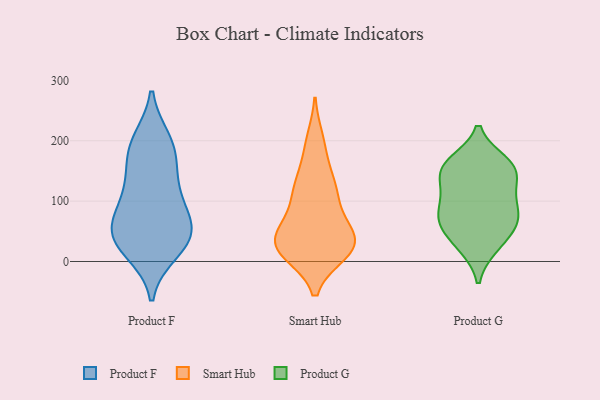
{"axis": {"x": "Page Views", "y": "Value"}, "legend": ["Product F", "Product G", "Smart Hub"], "data": [{"x": "", "y": 17, "type": "Product F"}, {"x": "", "y": 27, "type": "Product F"}, {"x": "", "y": 55, "type": "Product F"}, {"x": "", "y": 181, "type": "Product F"}, {"x": "", "y": 116, "type": "Product F"}, {"x": "", "y": 43, "type": "Product F"}, {"x": "", "y": 57, "type": "Product F"}, {"x": "", "y": 61, "type": "Product F"}, {"x": "", "y": 200, "type": "Product F"}, {"x": "", "y": 160, "type": "Product F"}, {"x": "", "y": 196, "type": "Product F"}, {"x": "", "y": 34, "type": "Product F"}, {"x": "", "y": 120, "type": "Product F"}, {"x": "", "y": 93, "type": "Product F"}, {"x": "", "y": 131, "type": "Smart Hub"}, {"x": "", "y": 25, "type": "Smart Hub"}, {"x": "", "y": 114, "type": "Smart Hub"}, {"x": "", "y": 115, "type": "Smart Hub"}, {"x": "", "y": 15, "type": "Smart Hub"}, {"x": "", "y": 39, "type": "Smart Hub"}, {"x": "", "y": 18, "type": "Smart Hub"}, {"x": "", "y": 200, "type": "Smart Hub"}, {"x": "", "y": 15, "type": "Smart Hub"}, {"x": "", "y": 65, "type": "Smart Hub"}, {"x": "", "y": 35, "type": "Smart Hub"}, {"x": "", "y": 96, "type": "Smart Hub"}, {"x": "", "y": 133, "type": "Smart Hub"}, {"x": "", "y": 28, "type": "Smart Hub"}, {"x": "", "y": 54, "type": "Smart Hub"}, {"x": "", "y": 188, "type": "Smart Hub"}, {"x": "", "y": 35, "type": "Smart Hub"}, {"x": "", "y": 27, "type": "Smart Hub"}, {"x": "", "y": 105, "type": "Product G"}, {"x": "", "y": 158, "type": "Product G"}, {"x": "", "y": 57, "type": "Product G"}, {"x": "", "y": 57, "type": "Product G"}, {"x": "", "y": 152, "type": "Product G"}, {"x": "", "y": 71, "type": "Product G"}, {"x": "", "y": 165, "type": "Product G"}, {"x": "", "y": 148, "type": "Product G"}, {"x": "", "y": 96, "type": "Product G"}, {"x": "", "y": 77, "type": "Product G"}, {"x": "", "y": 113, "type": "Product G"}, {"x": "", "y": 66, "type": "Product G"}, {"x": "", "y": 136, "type": "Product G"}, {"x": "", "y": 24, "type": "Product G"}, {"x": "", "y": 164, "type": "Product G"}, {"x": "", "y": 24, "type": "Product G"}]}